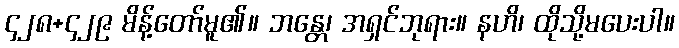
၄၂၈+၄၂၉ မိန့်တော်မူ၏။ ဘန္တေ၊ အရှင်ဘုရား။ နဟိ၊ ထိုသို့မပေးပါ။